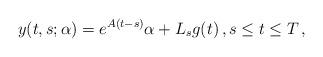
LaTeX: \begin{align*}y(t,s;\alpha) = e^{A(t-s)} \alpha + L_sg(t)\,, s\le t\le T\,,\end{align*}